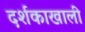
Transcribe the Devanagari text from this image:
दर्शकाखाली